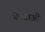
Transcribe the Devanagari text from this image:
चेश्टाओं